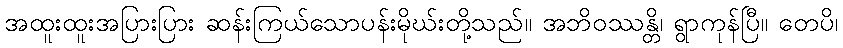
အထူးထူးအပြားပြား ဆန်းကြယ်သောပန်းမိုဃ်းတို့သည်။ အဘိဝဿန္တိ၊ ရွာကုန်ပြီ။ တေပိ၊